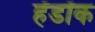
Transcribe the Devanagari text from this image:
हॅडॉक